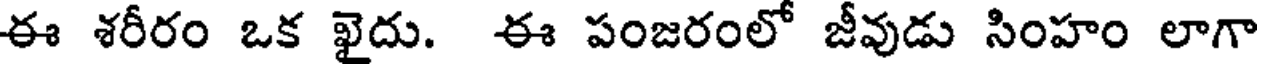
ఈ శరీరం ఒక ఖైదు. ఈ పంజరంలో జీవుడు సింహం లాగా